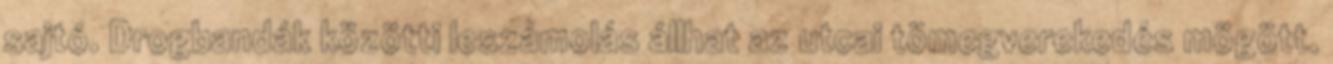
sajtó. Drogbandák közötti leszámolás állhat az utcai tömegverekedés mögött.